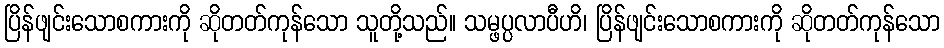
ပြိန်ဖျင်းသောစကားကို ဆိုတတ်ကုန်သော သူတို့သည်။ သမ္ဖပ္ပလာပီဟိ၊ ပြိန်ဖျင်းသောစကားကို ဆိုတတ်ကုန်သော